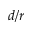
d / r